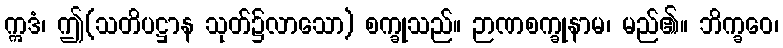
ဣဒံ၊ ဤ(သတိပဋ္ဌာန သုတ်၌လာသော) စက္ခုသည်။ ဉာဏစက္ခုနာမ၊ မည်၏။ ဘိက္ခဝေ၊